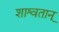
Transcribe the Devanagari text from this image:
शाश्वतान्